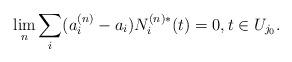
LaTeX: \begin{align*}\lim_n \sum_i (a_i^{(n)}-a_i) N_i^{(n)*}(t) = 0, t\in U_{j_0}.\end{align*}